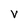
Character: V